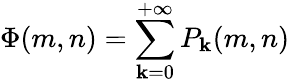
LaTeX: \Phi(m,n)=\sum_{\mathbf{k}=0}^{+\infty}P_{\mathbf{k}}(m,n)